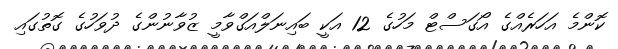
ކޮންމެ އަހަރެއްގެ އޯގަސްޓް މަހުގެ 12 އަކީ ބައިނަލްއަގްވާމީ ޒުވާނުންގެ ދުވަހުގެ ގޮތުގައި